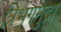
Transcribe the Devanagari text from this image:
त्रिभंगमुद्रा